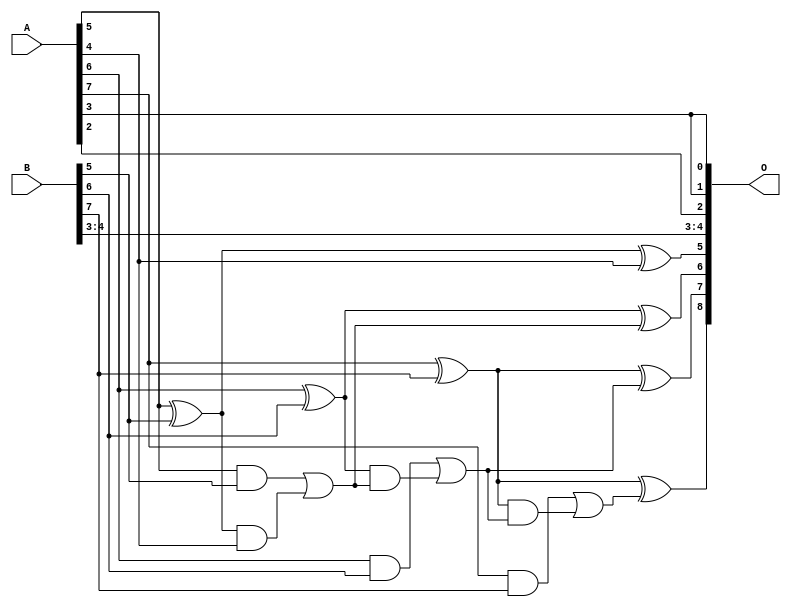
/***
* This code is a part of EvoApproxLib library (ehw.fit.vutbr.cz/approxlib) distributed under The MIT License.
* When used, please cite the following article(s): V. Mrazek, L. Sekanina, Z. Vasicek "Libraries of Approximate Circuits: Automated Design and Application in CNN Accelerators" IEEE Journal on Emerging and Selected Topics in Circuits and Systems, Vol 10, No 4, 2020 
* This file contains a circuit from a sub-set of pareto optimal circuits with respect to the pwr and wce parameters
***/
// MAE% = 3.12 %
// MAE = 8.0 
// WCE% = 6.25 %
// WCE = 16 
// WCRE% = 1500.00 %
// EP% = 99.22 %
// MRE% = 32.28 %
// MSE = 77 
// PDK45_PWR = 0.014 mW
// PDK45_AREA = 31.0 um2
// PDK45_DELAY = 0.27 ns

module add8se_92J (
    A,
    B,
    O
);

input [7:0] A;
input [7:0] B;
output [8:0] O;

wire sig_38,sig_39,sig_40,sig_41,sig_42,sig_43,sig_44,sig_45,sig_46,sig_47,sig_48,sig_49,sig_50,sig_51,sig_52,sig_53,sig_54;

assign sig_38 = A[5] ^ B[5];
assign sig_39 = A[5] & B[5];
assign sig_40 = sig_38 & A[4];
assign sig_41 = sig_38 ^ A[4];
assign sig_42 = sig_39 | sig_40;
assign sig_43 = A[6] ^ B[6];
assign sig_44 = A[6] & B[6];
assign sig_45 = sig_43 & sig_42;
assign sig_46 = sig_43 ^ sig_42;
assign sig_47 = sig_44 | sig_45;
assign sig_48 = A[7] ^ B[7];
assign sig_49 = A[7] & B[7];
assign sig_50 = sig_48 & sig_47;
assign sig_51 = sig_48 ^ sig_47;
assign sig_52 = sig_49 | sig_50;
assign sig_53 = A[7] ^ B[7];
assign sig_54 = sig_53 ^ sig_52;

assign O[8] = sig_54;
assign O[7] = sig_51;
assign O[6] = sig_46;
assign O[5] = sig_41;
assign O[4] = B[4];
assign O[3] = B[3];
assign O[2] = A[2];
assign O[1] = A[3];
assign O[0] = A[3];

endmodule